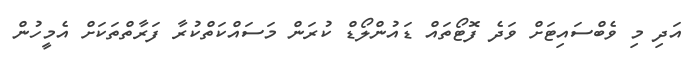
އަދި މި ވެބްސައިޓަށް ވަދެ ފޮޓޯތައް ޑައުންލޯޑް ކުރަން މަސައްކަތްކުރާ ފަރާތްތަކަށް އެމީހުން